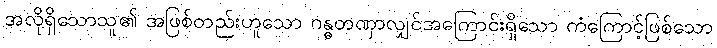
အလိုရှိသောသူ၏ အဖြစ်တည်းဟူသော ဂန္ဓတဏှာလျှင်အကြောင်းရှိသော ကံကြောင့်ဖြစ်သော